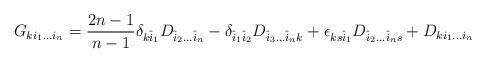
LaTeX: \begin{align*} G_{k i_1 \dots i_n} = \frac{2n-1}{n-1} \delta_{k \hat{i}_1} D_{\hat{i}_2 \dots \hat{i}_n} - \delta_{\hat{i}_1 \hat{i}_2} D_{\hat{i}_3 \dots \hat{i}_n k} + \epsilon_{ks\hat{i}_1}D_{\hat{i}_2 \dots \hat{i}_n s} + D_{k i_1 \dots i_n}\end{align*}